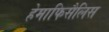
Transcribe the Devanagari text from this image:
हेमाफिसैलिस